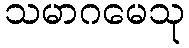
သမာဂမေသု